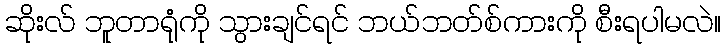
ဆိုးလ် ဘူတာရုံကို သွားချင်ရင် ဘယ်ဘတ်စ်ကားကို စီးရပါမလဲ။